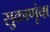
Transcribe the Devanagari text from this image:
सुकाणूंचा